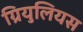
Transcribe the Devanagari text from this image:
ग्रियुलियस